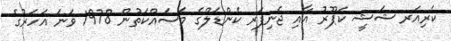
ކެރިއަރ ޝަޝީ ކަޕޫރު އާއި ޖެނިފަރ ކެންޑަލްގެ މަސައްކަތުން 1978 ވަނަ އަހަރުގެ